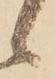
候